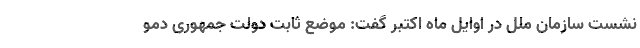
نشست سازمان ملل در اوایل ماه اکتبر گفت: موضع ثابت دولت جمهوری دمو